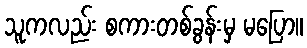
သူကလည်း စကားတစ်ခွန်းမှ မပြော။